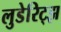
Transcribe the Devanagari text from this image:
लुडेरिट्झ